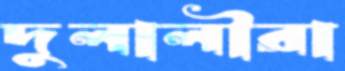
দুলালীরা